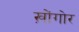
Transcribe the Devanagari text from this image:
ख़ोंगोर